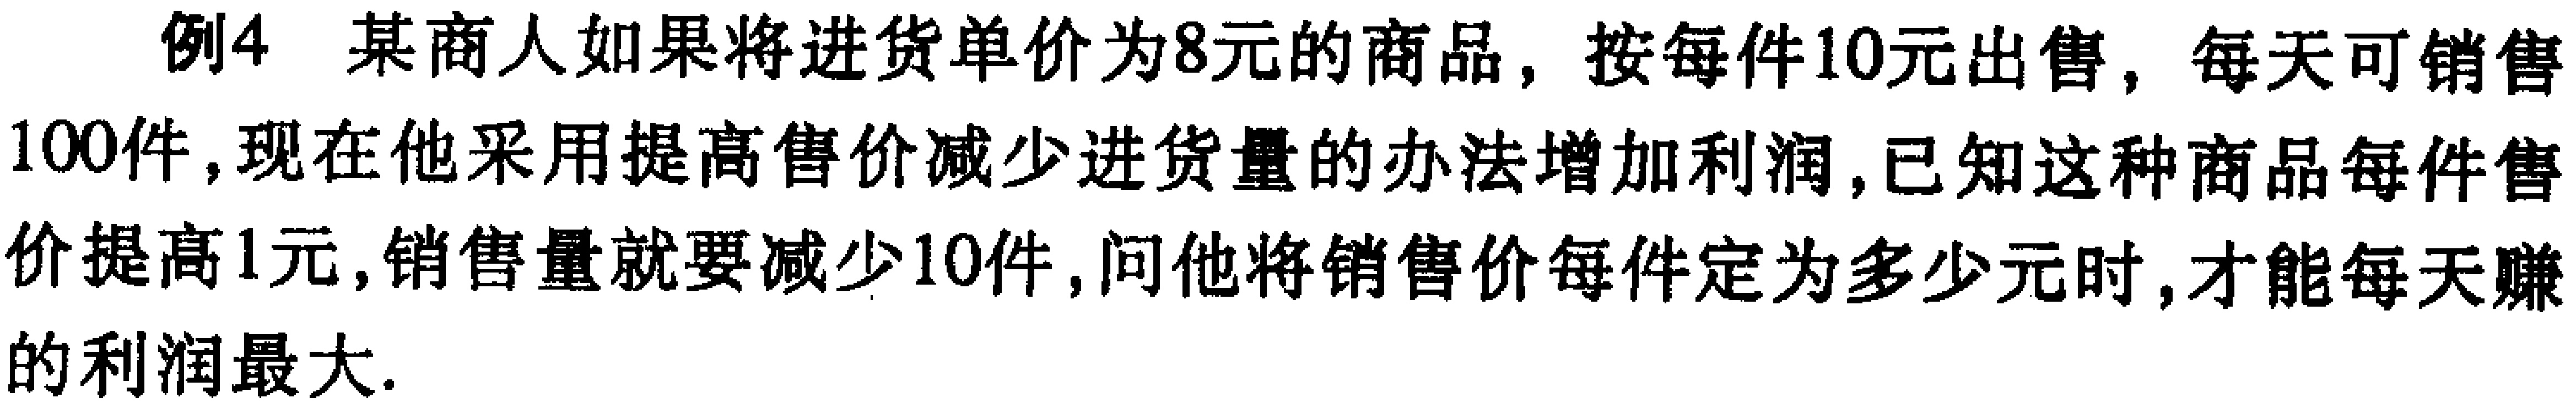
例4 某商人如果将进货单价为8元的商品，按每件10元出售，每天可销售100件，现在他采用提高售价减少进货量的办法增加利润，已知这种商品每件售价提高1元，销售量就要减少10件，问他将销售价每件定为多少元时，才能每天赚的利润最大.